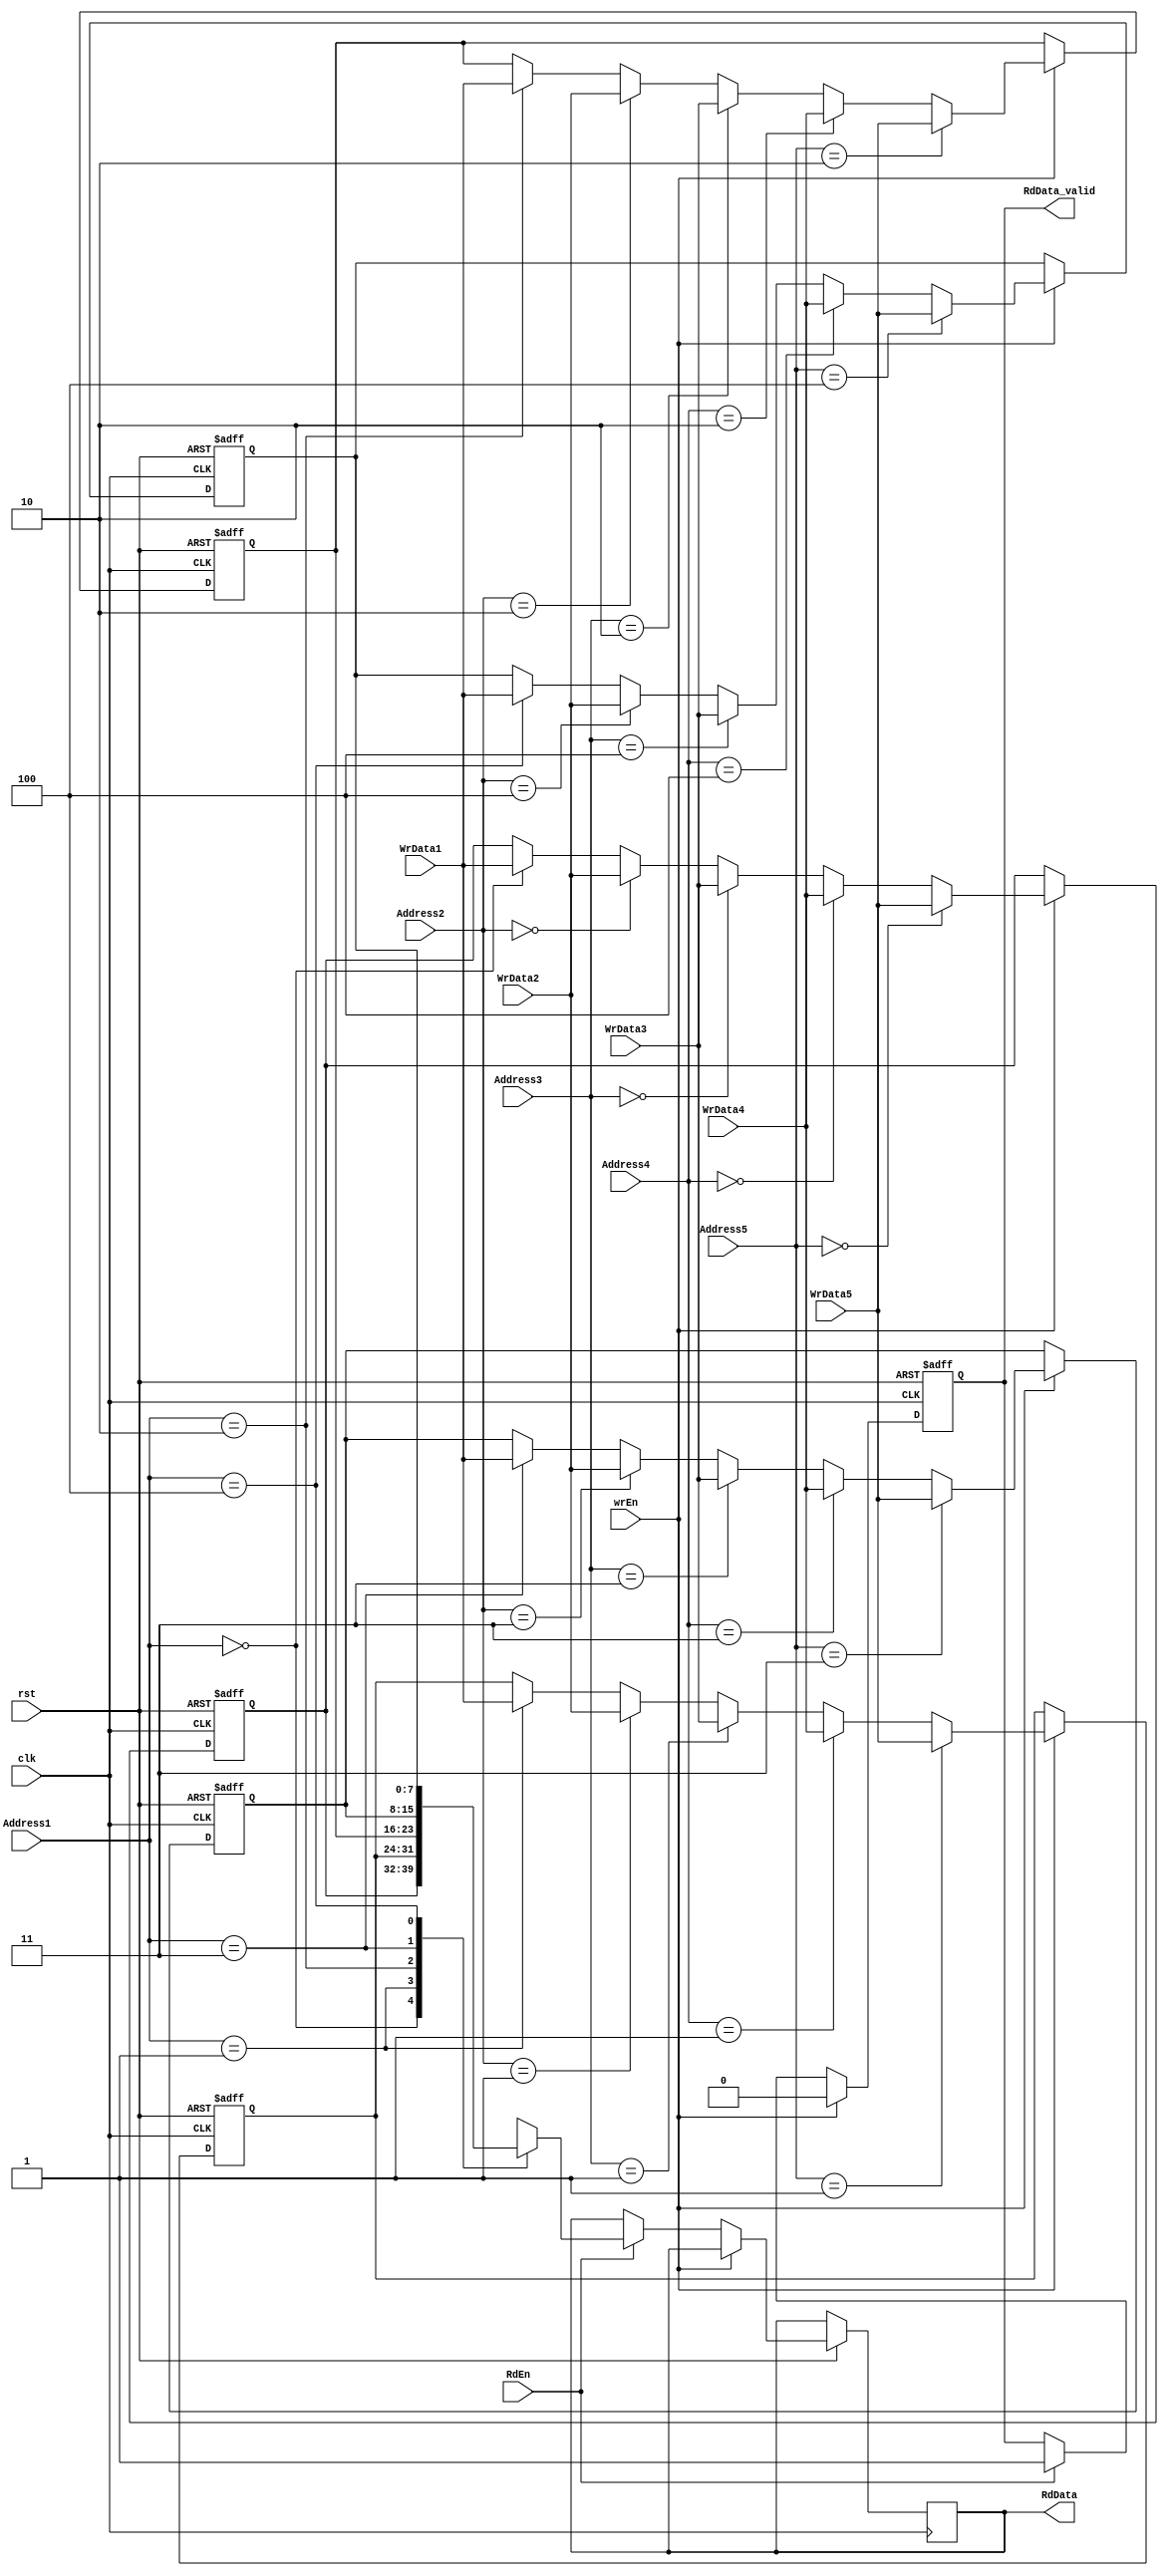
module RegFile #(parameter WIDTH = 8, DEPTH = 5, ADDR = 3)
	(
	input 									clk,
	input 									rst,
	input 									wrEn,
	input 									RdEn,
	input 	   [WIDTH-1:0]	WrData1,
	input 	   [WIDTH-1:0]	WrData2,
	input 	   [WIDTH-1:0]	WrData3,
	input 	   [WIDTH-1:0]	WrData4,
	input 	   [WIDTH-1:0]	WrData5,
	input 	   [ADDR-1:0]	Address1,
	input 	   [ADDR-1:0]	Address2,
	input 	   [ADDR-1:0]	Address3,
	input 	   [ADDR-1:0]	Address4,
	input 	   [ADDR-1:0]	Address5,
	output reg		RdData_valid,
	output reg [WIDTH-1:0]	RdData

	); 


integer I ;
  
// register file of 5 registers
reg [WIDTH-1:0] Mem [DEPTH-1:0] ;

always @(posedge clk or negedge rst)
 begin
	if(~rst) 
	begin
	RdData_valid = 1'b0;
	for (I=0 ; I < DEPTH ; I = I +1)
        begin
              Mem[I] <= 'b0;                
        end
   	end
   	else if(wrEn)
   	begin
   		Mem[Address1] <= WrData1;
   		Mem[Address2] <= WrData2;
   		Mem[Address3] <= WrData3;
   		Mem[Address4] <= WrData4;
   		Mem[Address5] <= WrData5;

   		 RdData_valid = 1'b0;			
   	end	
   	else
   	begin
   	 if(RdEn)
   	  begin
   		RdData <= Mem[Address1]; //in case of read address will be on address1 bus
   		RdData_valid = 1'b1;		
   	  end
   	end 
 end

endmodule